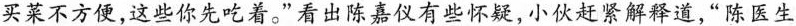
买菜不方便，这些你先吃着。`看出陈嘉仪有些怀疑，小从赶索解释道，“陈医生